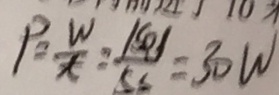
P = \frac { w } { t } = \frac { \vert s o \vert } { \vert 5 s \vert } = 3 0 w